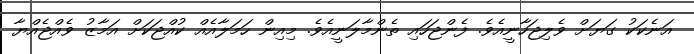
އަނެކަކު ގަޔަށް ވެލިޖަހާނީއެވެ. ފެންޖަހައި ތެންމާލަނީއެވެ. މިއިން ހަމަލާއެއް ކުއްޖަކަށް އަމާޒު ވެއްޖެއްޔާ